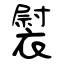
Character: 褽